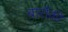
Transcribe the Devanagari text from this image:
बार्रोकी